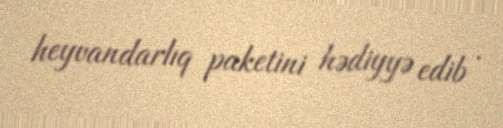
heyvandarlıq paketini hədiyyə edib .